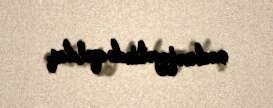
məcburiyyətində qaldıq.